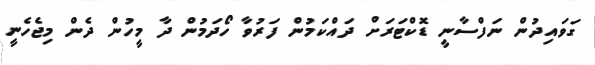
ގަވައިދުން ނަފްސާނީ ޑޮކްޓަރަށް ދައްކަމުން ފަރުވާ ހޯދަމުން ދާ މީހުން ދެން މިޖެހެނީ